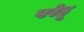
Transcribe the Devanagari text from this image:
परेहू